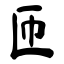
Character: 匝